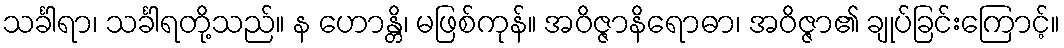
သင်္ခါရာ၊ သင်္ခါရတို့သည်။ န ဟောန္တိ၊ မဖြစ်ကုန်။ အဝိဇ္ဇာနိရောဓာ၊ အဝိဇ္ဇာ၏ ချုပ်ခြင်းကြောင့်။